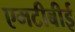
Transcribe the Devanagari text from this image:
एमटीबीई